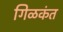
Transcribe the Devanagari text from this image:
गिळकंत